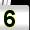
Digit: 5